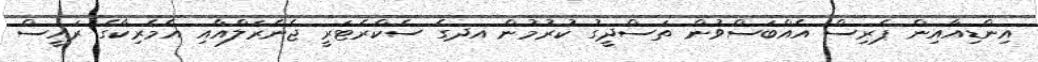
އިންޑިއާއިން ޕެރިސް އެއްބަސްވުން ތަސްދީގު ކުރުމުން އދގެ ސެކްރެޓަރީ ޖެނެރަލްއާއި އެމެރިކާގެ ރައީސް